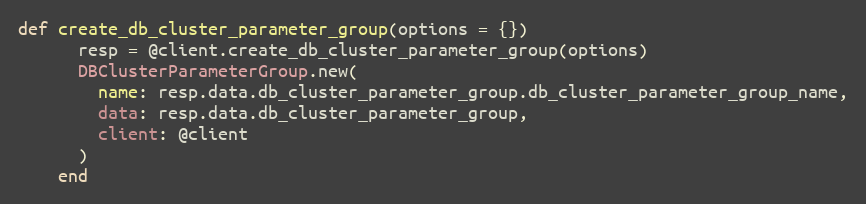
Language: Ruby
def create_db_cluster_parameter_group(options = {})
      resp = @client.create_db_cluster_parameter_group(options)
      DBClusterParameterGroup.new(
        name: resp.data.db_cluster_parameter_group.db_cluster_parameter_group_name,
        data: resp.data.db_cluster_parameter_group,
        client: @client
      )
    end